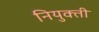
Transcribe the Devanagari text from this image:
नियुक्‍ती